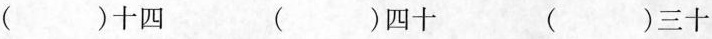
（）十四 （）四十 （）三十